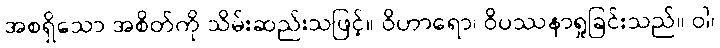
အစရှိသော အစိတ်ကို သိမ်းဆည်းသဖြင့်။ ဝိဟာရော၊ ဝိပဿနာရှုခြင်းသည်။ ဝါ၊